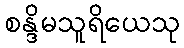
စန္ဒိမသူရိယေသု